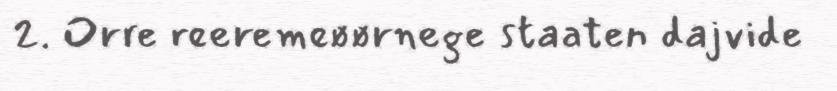
2. Orre reeremeøørnege staaten dajvide